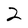
Character: 2